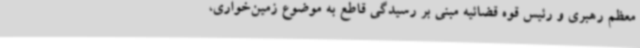
معظم رهبری و رئیس قوه قضائیه مبنی بر رسیدگی قاطع به موضوع زمین‌خواری،